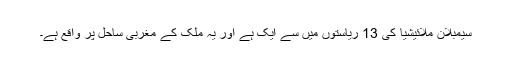
سیمبلان ملائیشیا کی 13 ریاستوں میں سے ایک ہے اور یہ ملک کے مغربی ساحل پر واقع ہے۔